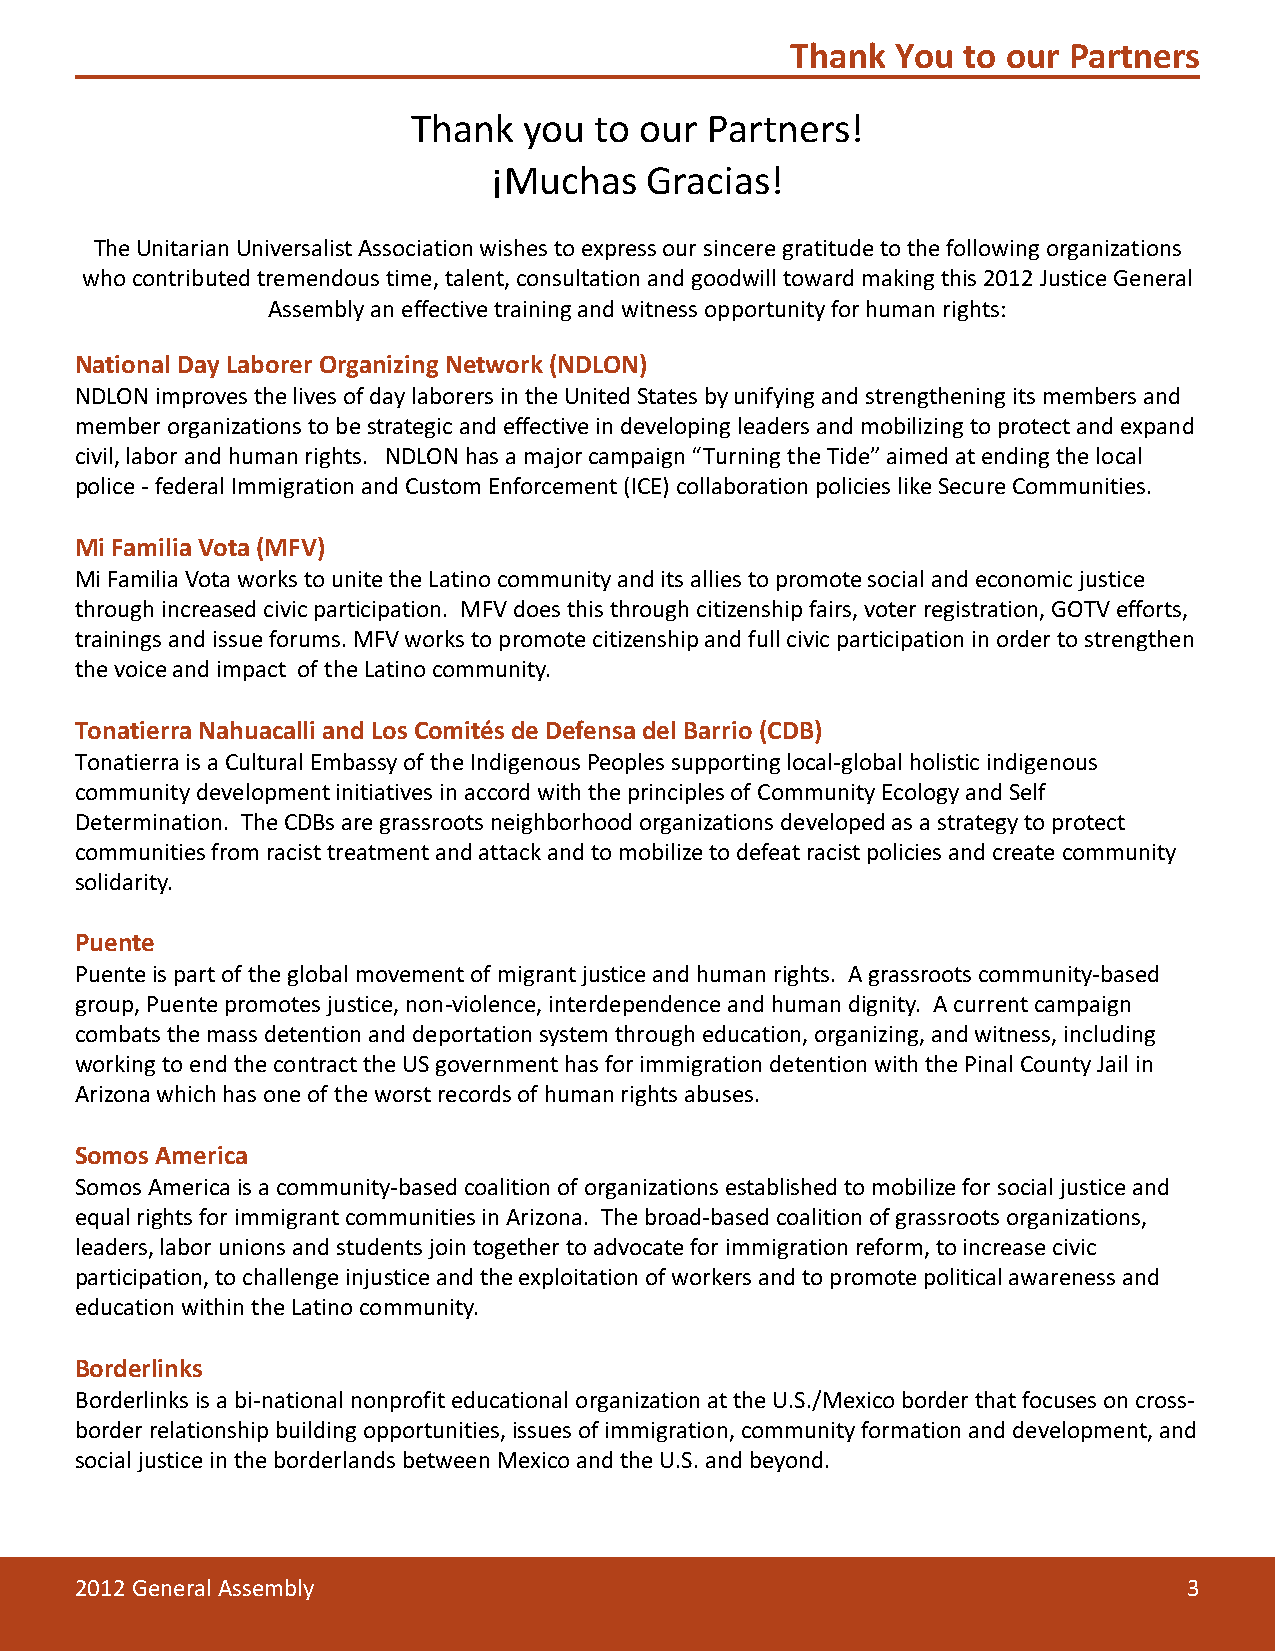
Thank  You  to our Partners
 Thank   you to our  Partners!
 ¡Muchas   Gracias!
 The Unitarian Universalist Association wishes to express our sincere gratitude to the following organizations
 who contributed tremendous time, talent, consultation and goodwill toward making this 2012 Justice General
 Assembly an effective training and witness opportunity for human rights:
 National Day Laborer Organizing Network (NDLON)
 NDLON improves the lives of day laborers in the United States by unifying and strengthening its members and
 member organizations to be strategic and effective in developing leaders and mobilizing to protect and expand
 civil, labor and human rights. NDLON has a major campaign “Turning the Tide” aimed at ending the local
 police - federal Immigration and Custom Enforcement (ICE) collaboration policies like Secure Communities.
 Mi Familia Vota (MFV)
 Mi Familia Vota works to unite the Latino community and its allies to promote social and economic justice
 through increased civic participation. MFV does this through citizenship fairs, voter registration, GOTV efforts,
 trainings and issue forums. MFV works to promote citizenship and full civic participation in order to strengthen
 the voice and impact of the Latino community.
 Tonatierra Nahuacalli and Los Comités de Defensa del Barrio (CDB)
 Tonatierra is a Cultural Embassy of the Indigenous Peoples supporting local-global holistic indigenous
 community development initiatives in accord with the principles of Community Ecology and Self
 Determination. The CDBs are grassroots neighborhood organizations developed as a strategy to protect
 communities from racist treatment and attack and to mobilize to defeat racist policies and create community
 solidarity.
 Puente
 Puente is part of the global movement of migrant justice and human rights. A grassroots community-based
 group, Puente promotes justice, non-violence, interdependence and human dignity. A current campaign
 combats the mass detention and deportation system through education, organizing, and witness, including
 working to end the contract the US government has for immigration detention with the Pinal County Jail in
 Arizona which has one of the worst records of human rights abuses.
 Somos America
 Somos America is a community-based coalition of organizations established to mobilize for social justice and
 equal rights for immigrant communities in Arizona. The broad-based coalition of grassroots organizations,
 leaders, labor unions and students join together to advocate for immigration reform, to increase civic
 participation, to challenge injustice and the exploitation of workers and to promote political awareness and
 education within the Latino community.
 Borderlinks
 Borderlinks is a bi-national nonprofit educational organization at the U.S./Mexico border that focuses on cross-
 border relationship building opportunities, issues of immigration, community formation and development, and
 social justice in the borderlands between Mexico and the U.S. and beyond.
 2012 General Assembly                                                     3